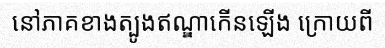
នៅភាគខាងត្បូងឥណ្ឌាកើនឡើង ក្រោយពី